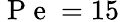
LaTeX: \mathrm{~P~e~}=15